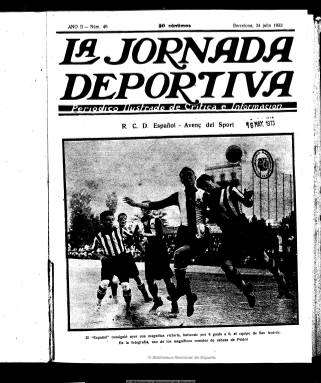
Título: La Jornada deportiva (Barcelona)
Colección: Deportes || Periódicos
Ámbito geográfico: Barcelona
Lugar de publicación: Barcelona
Fechas: 24/07/1922-24/02/1925

Aparece el diez de octubre de 1921, con periodicidad semanal, aunque sumando ediciones especiales, según los acontecimientos. No existe ninguna colección completa de esta publicación. La reproducida comienza en el número 46, correspondiente al 24 de julio de 1922, apareciendo entonces dos veces por semana (lunes y viernes) y siguiendo publicando números suplementarios. Su paginación es variada, desde las doce hasta superar la veintena y alcanzando algunos números extraordinarios las cincuenta páginas, por lo que el precio del ejemplar también será distinto, generalmente, desde los veinte hasta los cincuenta céntimos. Bajo el subtítulo “periódico ilustrado de crítica e información”, se trata de una publicación moderna en un momento en el que ya están asentadas las especializadas en deportes, con una cuidada presentación gráfica y una importante parte doctrinal, que será  firmada por Josep Antoni Trabal i Sans (1896-1980), también redactor jefe y alma del periódico, un personaje contradictorio por su trayectoria política, pero con una gran incidencia en la vida barcelonesa como periodista y dirigente deportivo, además de médico.

Publicada en castellano por Editorial Millà, fue su primer director Josep Torrens, también articulista del periódico y que debió dejar la dirección a finales de octubre de 1921, para probablemente asumirla el propio Trabal. Entre sus principales firmas se encuentran otros importantes periodistas deportivos, como Isidre Corbinos, autor de un par de libros sobre boxeo y fútbol, que más tarde será también su director; Miguel Cabeza, con el seudónimo Spectator; o su representante en Madrid, Alberto Martín Fernández (1897-1961), con el seudónimo Juan Deportista, y que años después, como corresponsal de guerra, también adoptaría el seudónimo Spectator. Entre sus reporteros gráficos estaban los fotógrafos Gaspar, Gil, Solé, Vidal, Melchor, Claret, J. Maymó, F. Colomé y J. Solanes. Sus textos también están ilustrados con dibujos.

Compuesto a cuatro columnas, su portada la ocupa generalmente una gran fotografía. Sus páginas están dedicadas a todos los deportes: atletismo, tenis, pelota vasca, ciclismo, motorismo, automovilismo, aeronáutica, natación, water polo, esgrima, remo, hípica, boxeo, excursionismo, etc., ofreciendo más espacio a los campeonatos de fútbol y a su práctica en Cataluña. Cuenta con corresponsales en otras capitales de provincias y ofrece también información internacional. Publica artículos doctrinales, técnicos y de fondo, crónicas, entrevistas, reportajes, comentarios, noticias, clasificaciones, etc. Así como una amplia publicidad comercial.

Desde el número 85, de uno de diciembre de 1922, hasta el 163,  de 22 de junio de 1923, aparece tres veces por semana (lunes, miércoles y viernes). Continuará a partir de entonces apareciendo lunes y viernes, e impreso en una máquina plana hasta que la empresa adquiere una rotativa, y debió iniciar una segunda época como “diario nacional de Sports”, reiniciando su numeración a partir del 22 de octubre de 1923, sin conocerse cuánto tiempo pudo tener esta frecuencia. Pero continúa con la numeración anterior un “suplemento gráfico semanal”, que aparece los domingos (cuyas entregas son las que se incluyen en esta colección).

Ampliará su redacción y corresponsalías tanto en las capitales y principales ciudades españolas como en las de Europa y también Estados Unidos. Señala que cuenta también con los redactores gráficos J. Domínguez, J. Rovira, R. Casas, J. Vela, A Gurí, J. Dormná, y M. Torrents. Con los dibujantes Albert Mestre (1891-1973), A. Alasá (Ele), Frederic. Borrás, Pasarell, G. Carbonell y D’Ivoli. En Madrid, tendrá como corresponsales a Alberto Maluquer y los hermanos Barrena. En esta etapa su redactor-jefe o director es el ya citado Isidre Corbinos, contando con el también citado Borrás, como director artístico, así como con Narcís Masferrer, Lluís Gibert, Ramón Lamuy, Pere Ventura y Enric Ràfols, entre otros. Publica también números monográficos en cuyas cubiertas se reproducen magníficos carteles de los citados reconocidos dibujantes.

Más adelante utiliza también el subtítulo “revista ilustrada de sports”. Con cinco años de vida, el último número de la colección es el 252, correspondiente al 24 de febrero de 1925, indicando que se trata de una segunda época, y que se publica, de nuevo, dos veces a la semana (lunes y viernes), apareciendo entre sus articulistas quien había sido su principal redactor y alma del periódico, Josep Antoni Trabal.